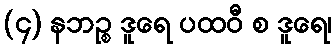
(၄) နဘဉ္စ ဒူရေ ပထဝီ စ ဒူရေ၊